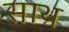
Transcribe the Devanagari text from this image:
साथ